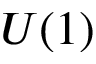
U ( 1 )